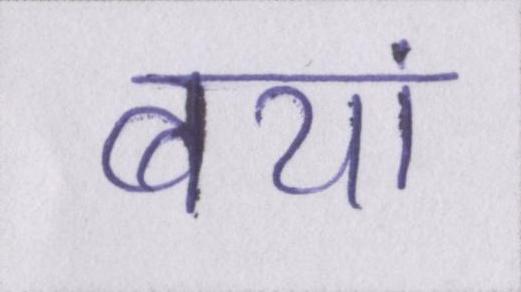
बयां